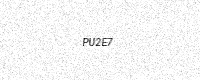
Text: PU2E7